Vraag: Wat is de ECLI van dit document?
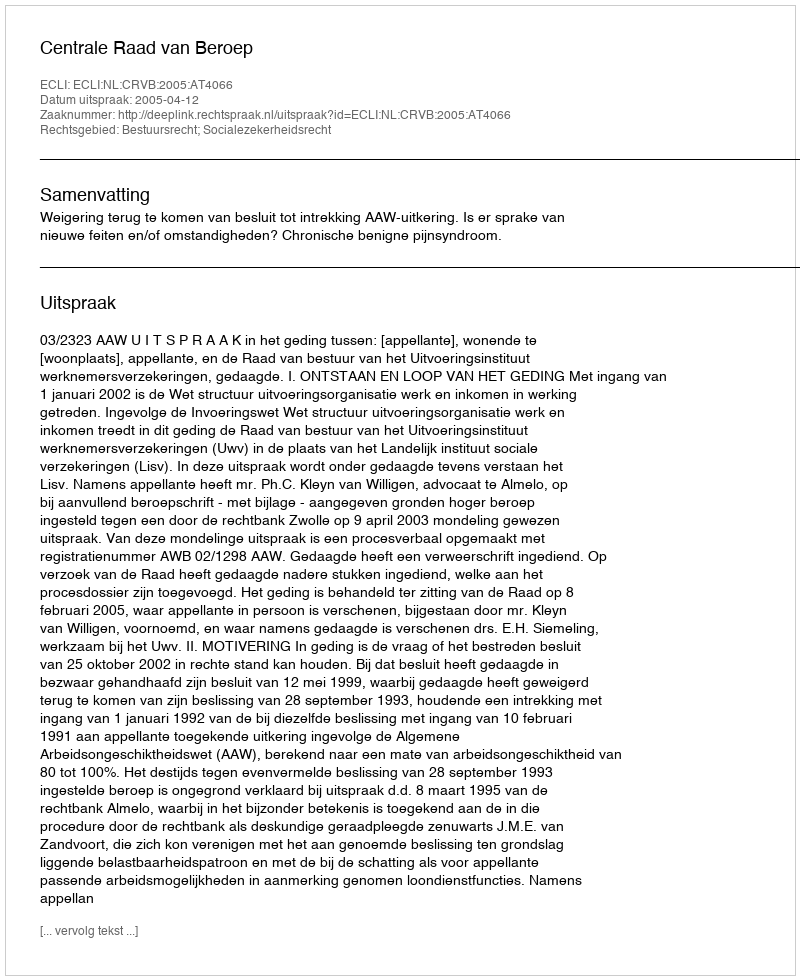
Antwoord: ECLI:NL:CRVB:2005:AT4066